Annual report on the lock hospitals of the Madras Presidency
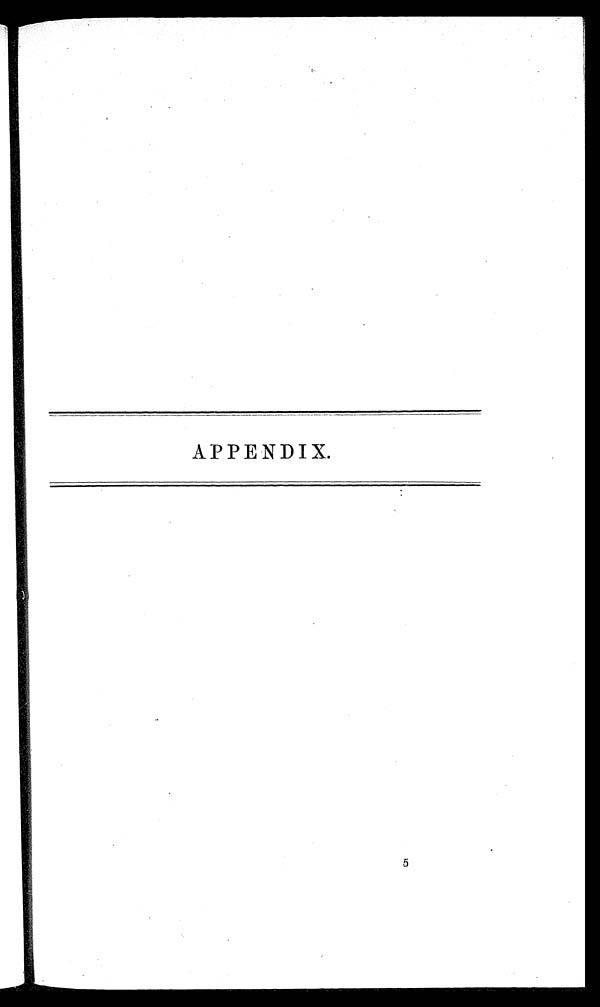
APPENDIX.
5